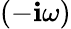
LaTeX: (-\mathbf{i}\omega)